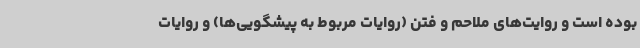
بوده است و روایت‌های ملاحم و فتن (روایات مربوط به پیشگویی‌ها) و روایات